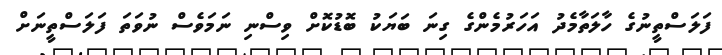
ފަލަސްތީނުގެ ހާލަތާމެދު އަހަރުމެންގެ ގިނަ ބަޔަކު ބޮޑުކޮށް ވިސްނި ނަމަވެސް ނުވަތަ ފަލަސްތީނަށް